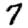
Digit: 7